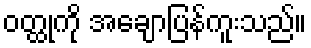
ဝတ္ထုကို အချောပြန်ကူးသည်။